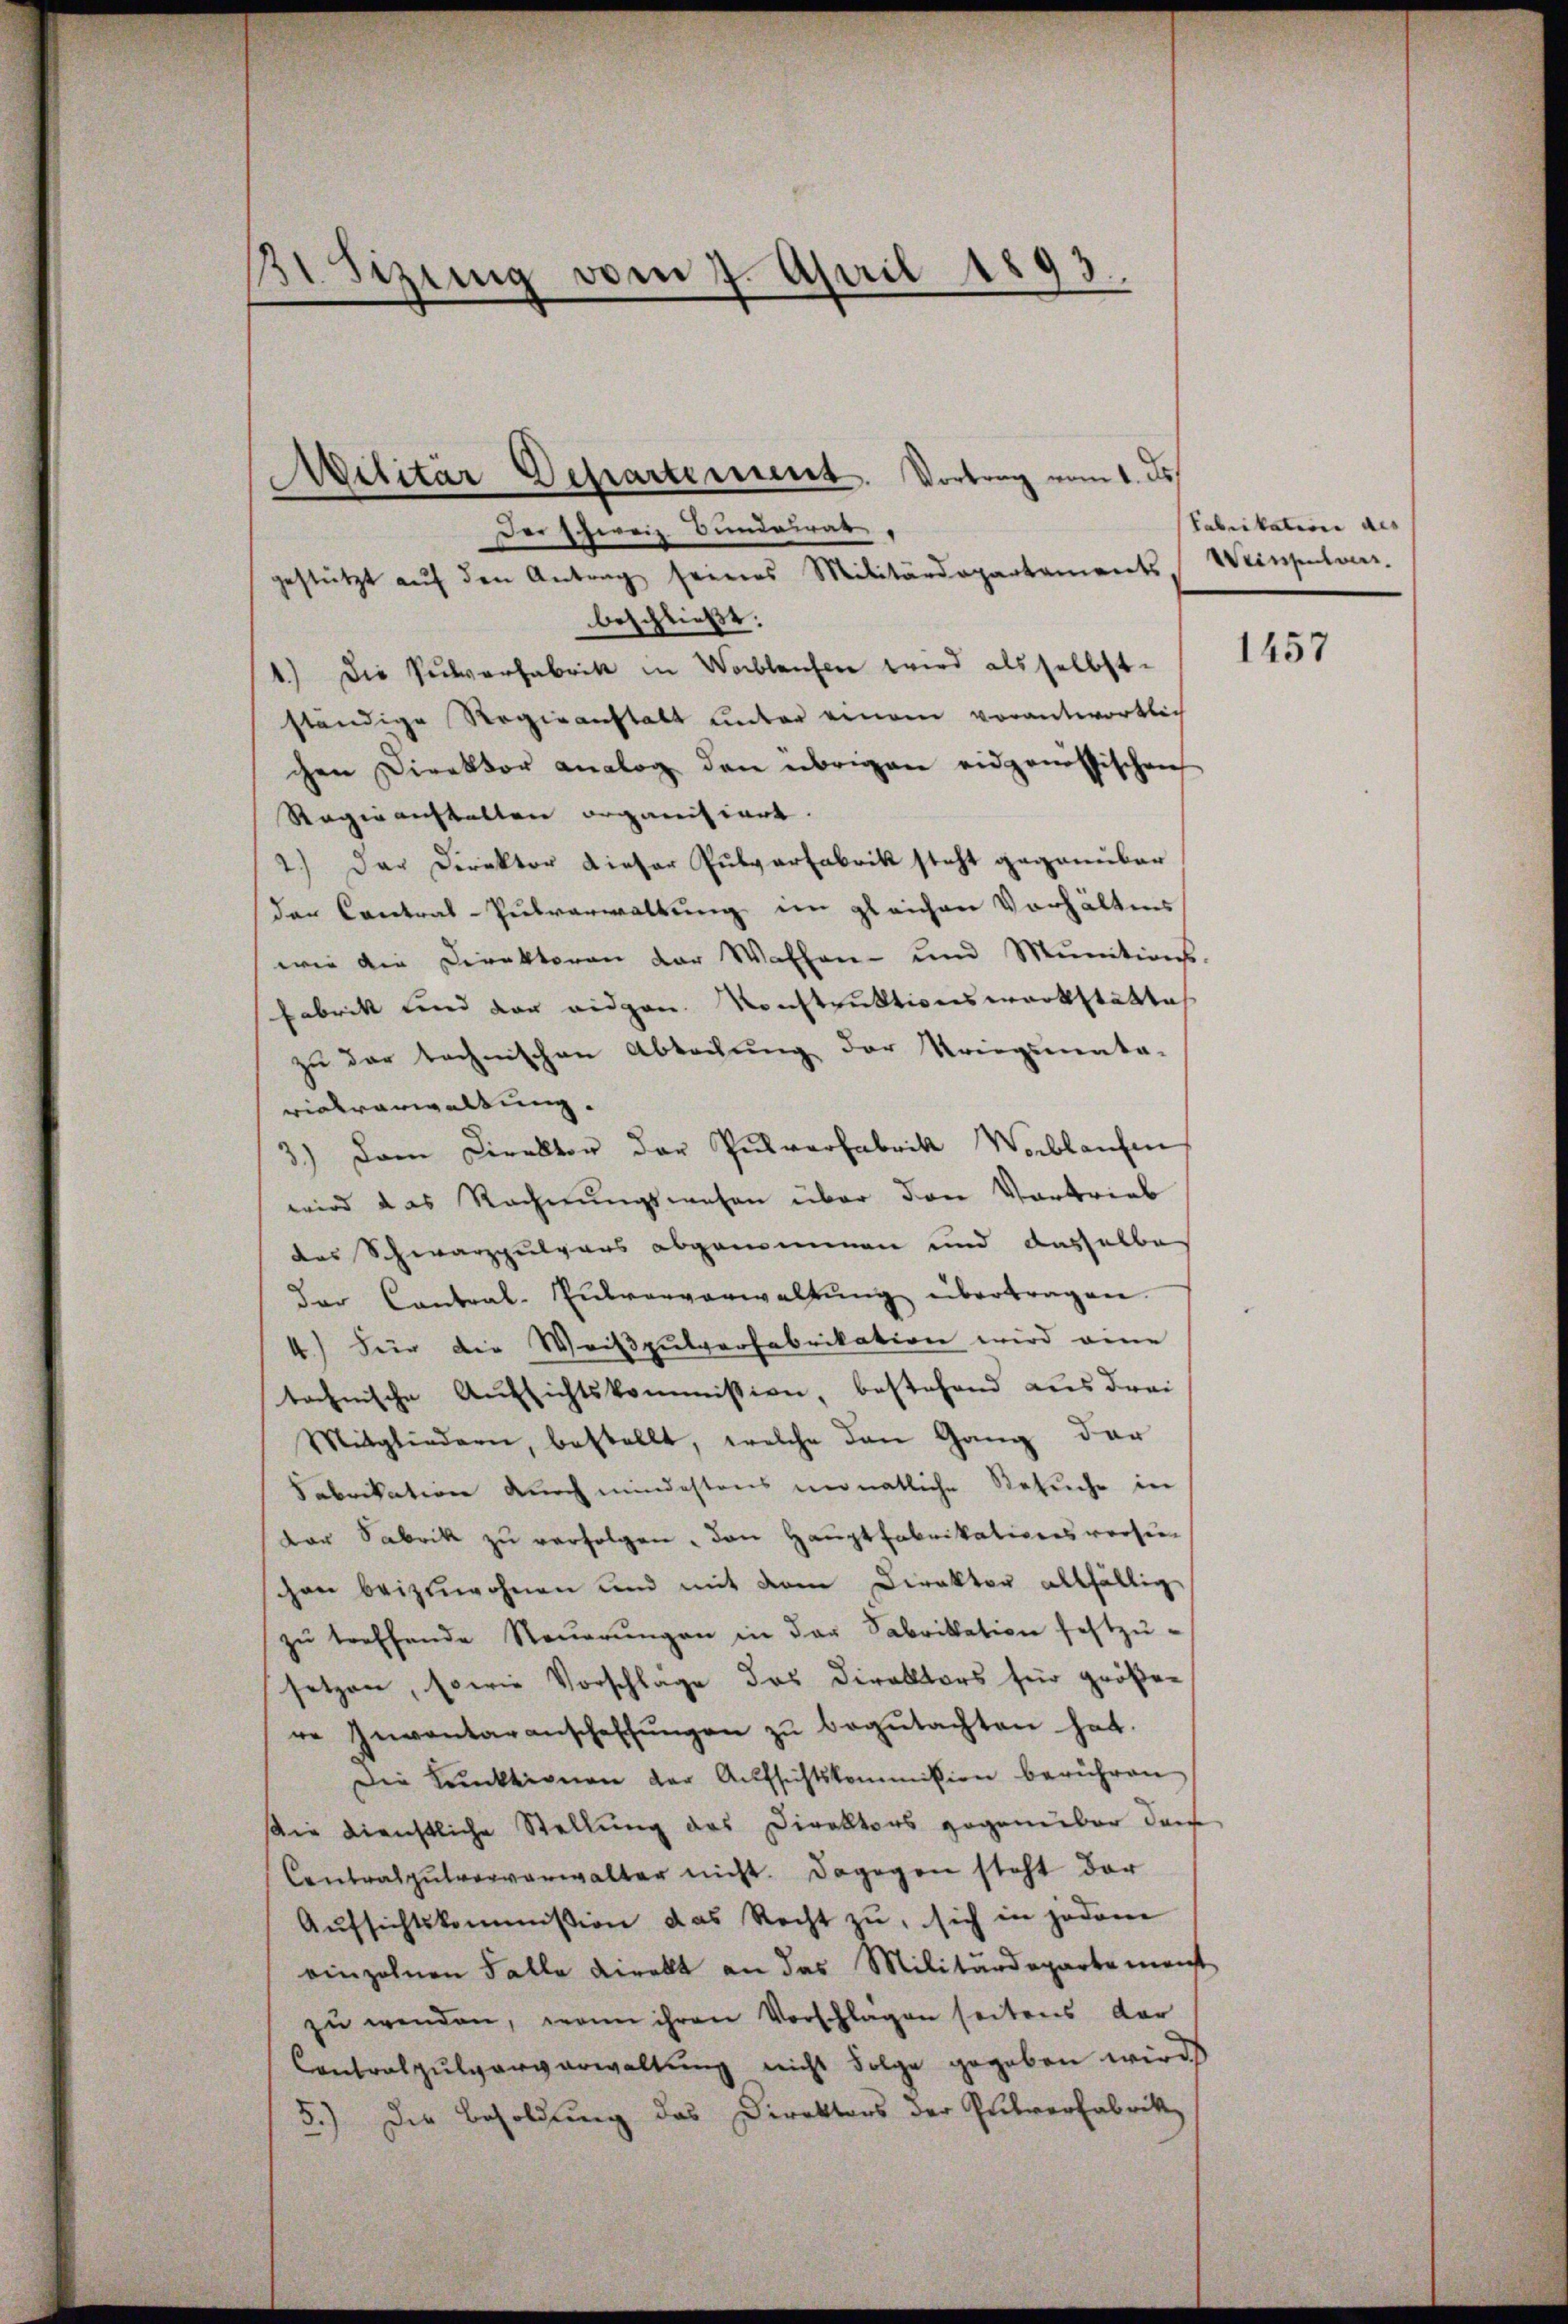
31 Sizung vom 7. April 1893.

gestützt aŭf den Antrag seines Militärdepartaments
beschließt:
1.) Die Pulverfabrik in Waiblaufen wird als selbst.
ständige Regieanstalt unter einem vorantwortlich
chen Direktor analog den übrigen eidgenössischen
Ragio anstalten organisiert.
2.) Der Direktor dieser Pulverfabrik steht gegenüber
der Contral-Pulverwaltung im gleichen Vorhältnis
wie die Direktoren der Waffen- und Munitions-
Fabrik und der eidgen. Konstruktionswerkstättte
zu der technischen Abtretung der Kriegsmata-
vialverwaltung.
3.) Dem Direktor der Pulverfabrik Wablaufen
wird das Rechnungswesen über den Vortrieb
des Schwarzpulvers abgenommen und dasselbe
Der Contral-Eŭtvorverwaltŭng übertragen.
4.) Für die Weißpulverfabrikation wird eine
technische Aufsichtskommission, bestehend aus drei
Mitgliedern, bestellt, welche den Gang der
Fabrikation durch mindestens monatliche Besuche in
Der Sabrik zu verfolgen, den Hauptfabrikationsvorsiehon beizuwohnen und mit dem Direktor allfällig
zŭ treffende Steŭerŭngen in der Fabrikation festzusetzen, sowie Vorschläge das Direktors für größer
re Inventaranschaffŭngen zŭ begŭtachten hat.
Die Kunktionen der Aufsichtskommißion berühren
Die Dienstliche Stellung des Direktors gegenüber durch
Contralpulververwalter nicht. Dagegen steht der
Aŭfsichtskommission das Recht zŭ, sich in jedem
einzelnen Falle direkt an das Militärdepartement
zŭ werden, wenn ihren Vorschlagen seitens der
Contralpulververwaltung nicht Folge gegeben wird
5.) Die Besoldung das Direktors der Pulverfabrik

Militär Departement. Vortrag vom 1. ds.
Der Schweiz Bundeirat

Fabrikation des
Weinpulvers

1457